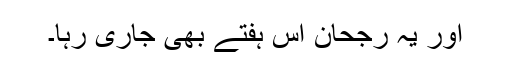
اور یہ رُجحان اس ہفتے بھی جاری رہا۔